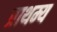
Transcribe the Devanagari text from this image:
प्राथम्य